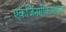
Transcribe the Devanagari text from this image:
एकजिनसीकरणाच्या